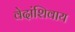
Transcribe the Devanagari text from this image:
वेदांशिवाय